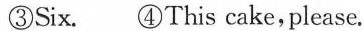
③Six. ④This cake,please.